Scottish Leaving Certificate Examination, 1955
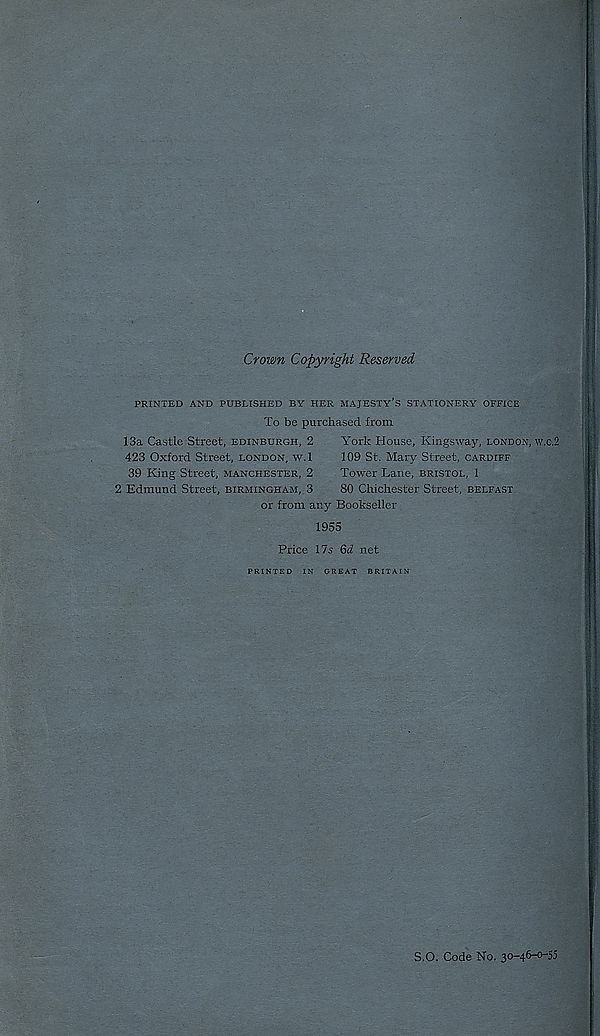
Crown Copyright Reserved
PRINTED AND PUBLISHED BY HER MAJESTY S STATIONERY OFFICE
To be purchased from
13a Castle Street, Edinburgh, 2
York House, Kingsway, London, w.c.2
423 Oxford Street, London, w.l
109 St. Mary Street, Cardiff
39 King Street, Manchester, 2
Tower Lane, bristoi., 1
2 Edmund Street, Birmingham, 3
80 Chichester Street, Belfast
or from any Bookseller
1955
Price 17s Qd net
PRINTED IN GREAT BRITAIN
S.O. Code No. 30-46-0-55